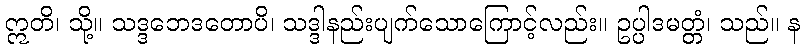
ဣတိ၊ သို့။ သဒ္ဒဘေဒတောပိ၊ သဒ္ဒါနည်းပျက်သောကြောင့်လည်း။ ဥပ္ပါဒမတ္တံ၊ သည်။ န